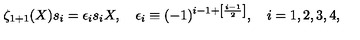
\zeta _ { 1 + 1 } ( X ) s _ { i } = \epsilon _ { i } s _ { i } X , \quad \epsilon _ { i } \equiv ( - 1 ) ^ { i - 1 + \left[ \frac { i - 1 } { 2 } \right] } , \quad i = 1 , 2 , 3 , 4 ,